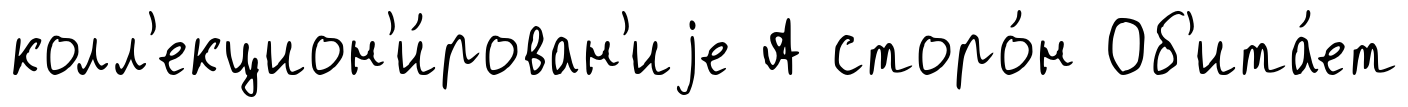
колл'екцион'и́рован'иjе А сторо́н Об'ита́ет